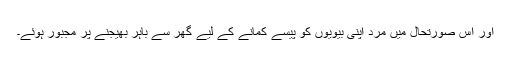
اور اس صورتحال میں مرد اپنی بیویوں کو پیسے کمانے کے لیے گھر سے باہر بھیجنے پر مجبور ہوئے۔